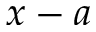
x - a